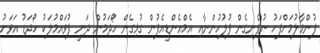
ފުންމާލުމަށްފަހު ނުފެނިގެން ފުލުހުންނާއި އެމްއެންޑީއެފުން ގުޅިގެން ހޯދަމުން ދަނީ ފުވައްމުލަކު ހޯދަޑު އަވަށު